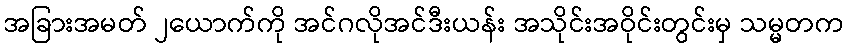
အခြားအမတ် ၂ယောက်ကို အင်ဂလိုအင်ဒီးယန်း အသိုင်းအဝိုင်းတွင်းမှ သမ္မတက